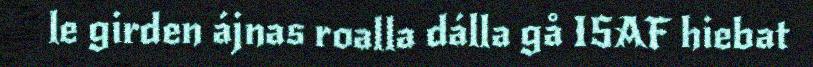
le girden ájnas roalla dálla gå ISAF hiebat